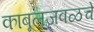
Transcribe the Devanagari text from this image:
काबूलजवळचे